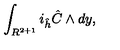
\int _ { R ^ { 2 + 1 } } i _ { \hat { h } } { \hat { C } } \wedge d y ,